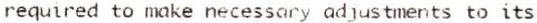
REQUIRED TO MAKE NECESSARY ADJUSTMENTS TO ITS